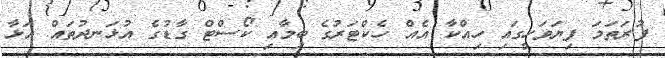
ފުރަތަމަ ފިޔަވަހީގައި ހިއްކާ އެއް ހެކްޓަރުގެ ބިމާއި ކޯސްޓް ގާޑުގެ އުޅަނދުތައް އަޅާ